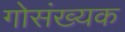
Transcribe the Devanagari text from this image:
गोसंख्यक